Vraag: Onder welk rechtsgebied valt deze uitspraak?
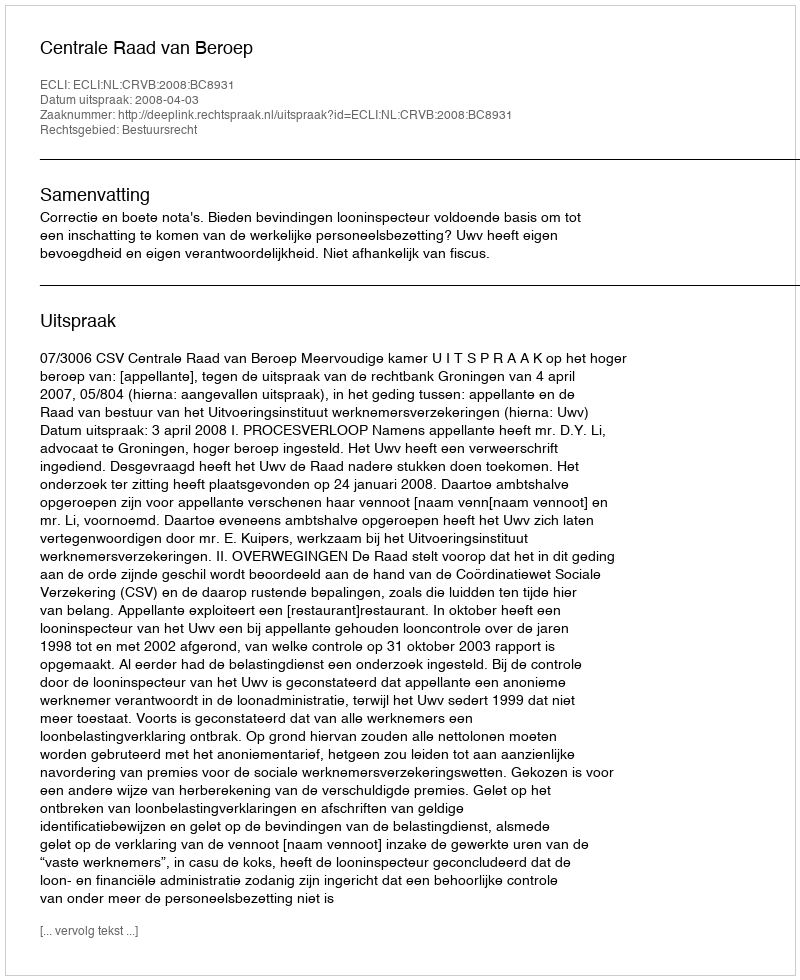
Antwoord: Bestuursrecht